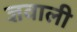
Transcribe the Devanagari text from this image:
ज्ञवाली